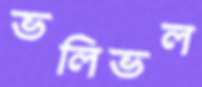
ভলিভল